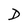
Character: D